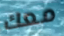
معك